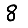
Digit: 8